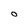
Character: O